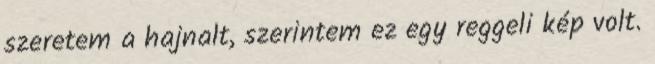
szeretem a hajnalt, szerintem ez egy reggeli kép volt.